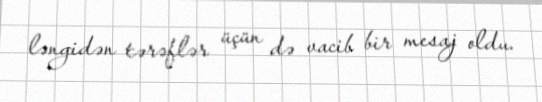
ləngidən tərəflər üçün də vacib bir mesaj oldu.